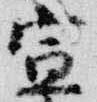
宣